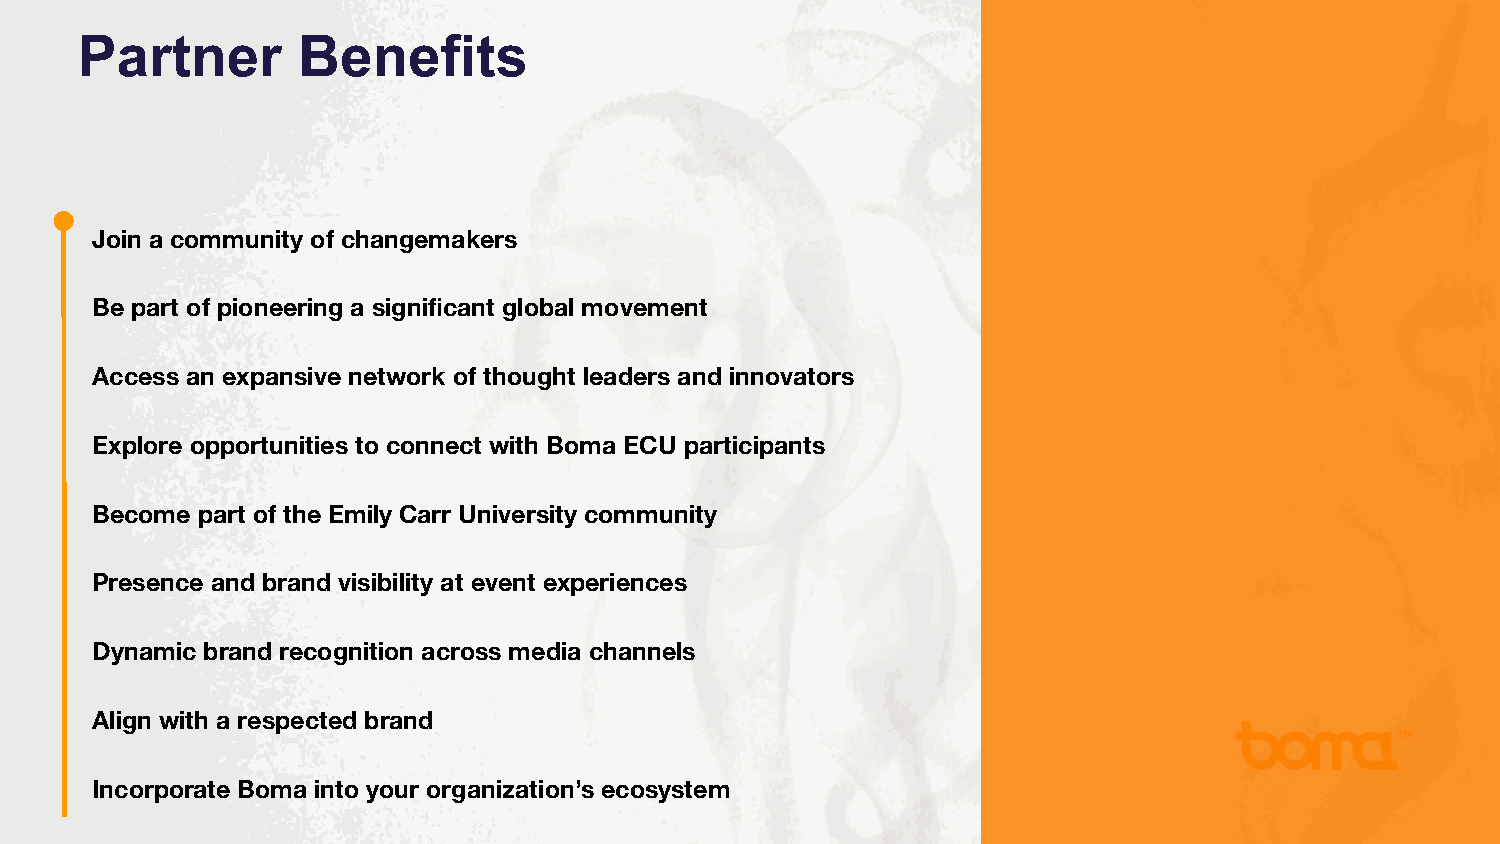
Partner        Benefits
 Join a community of changemakers
 Be part of pioneering a significant global movement
 Access an expansive network of thought leaders and innovators
 Explore opportunities to connect with Boma ECU participants
 Become part of the Emily Carr University community
 Presence and brand visibility at event experiences
 Dynamic brand recognition across media channels
 Align with a respected brand
 Incorporate Boma into your organization’s ecosystem